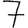
Digit: 7